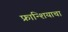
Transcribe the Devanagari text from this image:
फ्रान्शियाचा